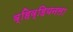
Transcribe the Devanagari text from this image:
व्हिव्हियनला